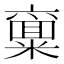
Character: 𱹟